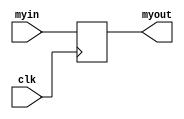
// Fast Multisource Pulse Registration System
// Module:
// syncdelay
// (c) Sergey V. Polyakov 2006-forever
module syncdelay (
 myin, clk, myout
);

output myout;
reg myout;

input myin;
input clk;

always @ (posedge clk)
begin
	myout <= myin;
end

endmodule